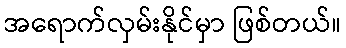
အရောက်လှမ်းနိုင်မှာ ဖြစ်တယ်။